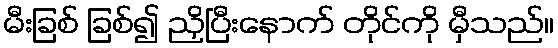
မီးခြစ် ခြစ်၍ ညှိပြီးနောက် တိုင်ကို မှီသည်။